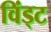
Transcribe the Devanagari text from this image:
विंड्ट